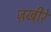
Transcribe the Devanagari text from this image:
ज़खीरे